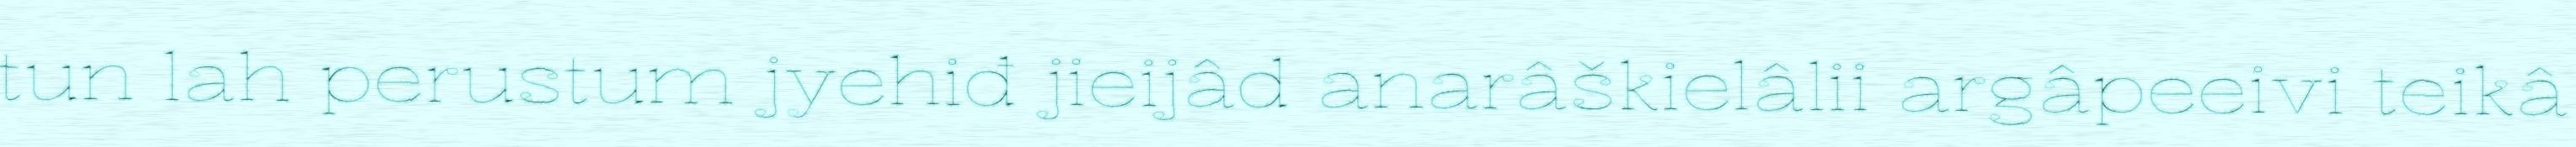
tun lah perustum jyehiđ jieijâd anarâškielâlii argâpeeivi teikâ